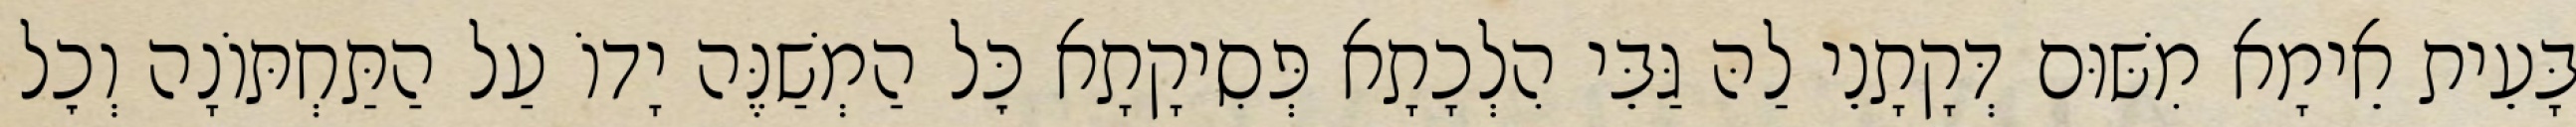
בָּעֵית אֵימָא מִשּׁוּם דְּקָתָנֵי לַהּ גַּבֵּי הִלְכָתָא פְּסִיקָתָא כׇּל הַמְשַׁנֶּה יָדוֹ עַל הַתַּחְתּוֹנָה וְכׇל